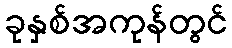
ခုနှစ်အကုန်တွင်